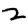
Digit: 2